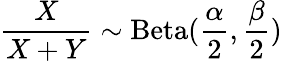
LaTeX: {\frac{X}{X+Y}}\sim\operatorname{Beta}({\frac{\alpha}{2}},{\frac{\beta}{2}})